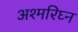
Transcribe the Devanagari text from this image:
अश्मरिघ्न